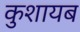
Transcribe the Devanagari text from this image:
कुशायब